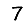
Digit: 7